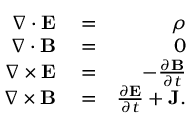
\begin{array} { r l r } { \nabla \cdot \mathbf { E } } & { { } = } & { \rho } \\ { \nabla \cdot \mathbf { B } } & { { } = } & { 0 } \\ { \nabla \times \mathbf { E } } & { { } = } & { - \frac { \partial \mathbf { B } } { \partial t } } \\ { \nabla \times \mathbf { B } } & { { } = } & { \frac { \partial \mathbf { E } } { \partial t } + \mathbf { J } . } \end{array}